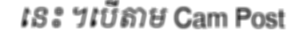
នេះ ។បើតាម Cam Post